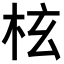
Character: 𣐙